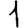
Digit: 1